Annual report of the Punjab Veterinary College and of the Civil Veterinary Department, Punjab - 1909-1919
Year: 1909
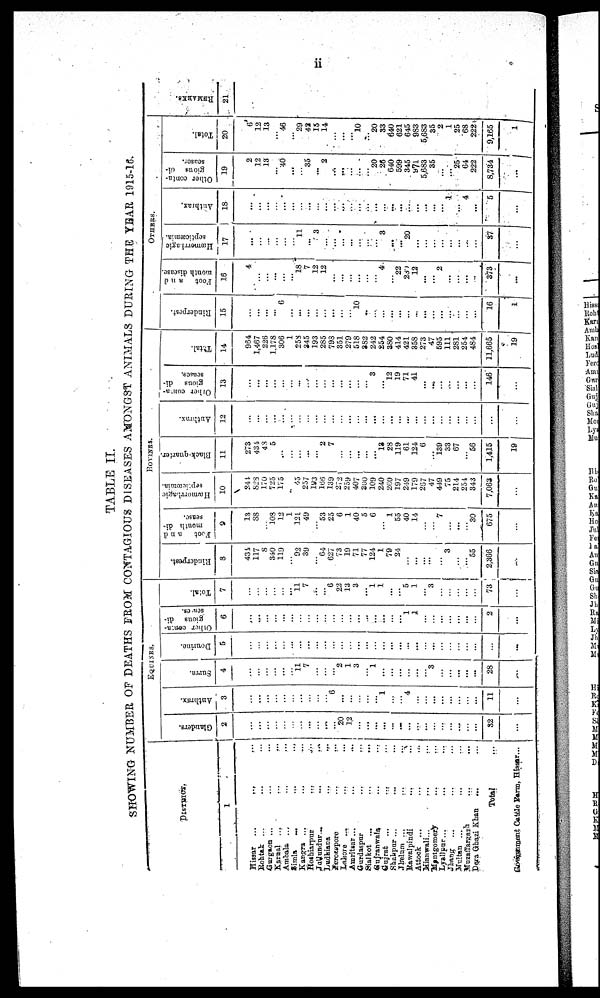
ii
TABLE II.
SHOWING NUMBER OF DEATHS FROM CONTAGIOUS DISEASES AMONGST ANIMALS DURING THE YEAR 1915-16.
DISTRICT.
1
Hissar ...
...
...
Rohtak ... ... ...
Gurgaon ... ... ...
Karnal ...
...
...
Ambala ... ... ...
Simla
...
...
...
Kangra ... ... ...
Hoshiarpur ... ... ...
Jallundur
...
...
...
Ludhiana ... ... ...
Ferozepore ... ...
Lahore
...
...
...
Amritsar ...
...
...
Gurdaspur
...
...
Sialkot
...
...
...
Gujranwala ... ...
Gujrat ... ... ...
Shahpur ... ... ...
Jhelum ... ... ...
Rawalpindi ... ...
Attock ... ... ...
Mianwali ... ... ...
Montgomery ... ...
Lyallpur ... ... ...
Jhang ... ... ...
Multan ... ... ...
Muzaffargarh ... ...
Dera Ghazi Khan
... ...
Total ...
Government Cattle Farm, Hissar ...
EQUINES.
Glanders.
2
...
...
...
...
...
...
...
...
...
...
...
20
12
...
...
...
...
...
...
...
...
...
...
...
...
...
...
...
32
...
Anthrax.
3
...
...
...
...
...
...
...
...
...
...
6
...
...
...
...
...
1
...
...
4
...
...
...
...
...
...
...
...
11
...
Surra.
4
...
...
...
...
...
... 11
7
...
...
...
2
1
3
...
1
...
...
...
...
...
...
3
...
...
...
...
...
28
...
Dourine.
5
...
...
...
...
...
...
...
...
...
...
...
...
...
...
...
...
...
...
...
...
...
...
...
...
...
...
...
...
...
...
Other conta-
gious di-
seases.
6
...
...
...
...
...
...
...
...
...
...
...
...
...
...
...
...
...
...
...
1
1
...
...
...
...
...
...
...
2
...
Total.
7
...
...
...
...
...
...
11
7
...
...
6
22
13
3
...
1
1
...
...
5
1
...
3
...
...
...
...
...
73
...
BOVINES.
Rinderpest.
8
434
117
8
340
119
... 92
39
... 64
627
73
19
71
77
124
1
79
24
...
...
...
...
...
3
...
...
55
2,366
...
Foot
and
mouth di-
sease.
9
13
88
... 103
12
1
121
49
... 53
25
6
1
40
5
6
...
1
55
40
14
...
...
7
...
...
...
30
675
...
Hæmorrhagic
septicæmia.
10
244
828
170
725
175
...
43
257
193
155
139
272
259
407
300
109
240
260
197
249
179
257
47
449
75
214
254
343
7,063
...
Black-quarter.
11
273
434
48
5
...
...
...
...
... 2
7
...
...
...
...
...
18
28
119
61
124
6
...
139
33
67
...
56
1,415
19
Anthrax.
12
...
...
...
...
...
...
...
...
...
...
...
...
...
...
...
...
...
...
...
...
...
...
...
...
...
...
...
...
...
...
Other conta-
gious di-
seases.
13
...
...
...
...
...
...
...
...
...
...
...
...
...
...
...
3
...
12
19
71
41
...
...
...
...
...
...
...
146
...
Total.
14
964
1,467
226
1,178
308
1
258
345
193
285
798
351
279
518
382
242
254
380
414
421
358
273
47
595
111
281
254
484
11,665
19
OTHERS.
Rinderpest.
15
...
...
...
...
6
...
...
...
...
...
...
...
...
10
..
...
...
...
...
...
...
...
...
...
...
...
...
...
16
4
Foot a n d
mouth disease.
16
4
...
...
...
...
... 18
7
12
12
...
...
...
...
...
...
4
...
22
289
12
...
...
2
...
...
...
...
373
...
Hæmorhagic
septicæmia.
17
...
...
...
...
...
11
...
3
...
...
...
...
...
...
...
3
...
...
20
...
...
...
...
...
...
...
...
37
...
Anthrax.
18
...
...
...
...
...
...
...
...
...
...
...
...
...
...
...
...
...
...
...
...
...
...
...
...
1
...
4
...
5
...
Other conta-
gious di-
seases.
19
2
12
13
...
40
...
...
35
... 2
...
...
...
...
...
20
26
640
599
345
971
5,683
35
...
...
...
64
222
8,784
...
Total.
20
6
12
13
...
46
...
29
42
15
14
...
...
...
10
..
20
33
640
621
645
983
5,683
35
2
1
25
68
222
9,165
1
REMARKS.
21